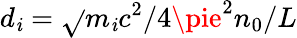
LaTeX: d_{\mathit{i}}=\sqrt{}{{m_{\mathit{i}}c^{2}/{4\pie^{2}n_{0}}}}/L